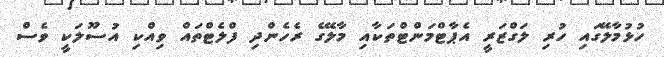
ހުޅުމާލޭގައި ހުރި ލަގްޒަރީ އެޕާޓްމަންޓްތަކާއި މާލޭގެ ރެހެންދި ފްލެޓްތައް ވިއްކި އުސޫލަކީ ވެސް